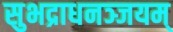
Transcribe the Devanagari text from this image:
सुभद्राधनञ्जयम्